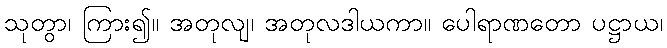
သုတွာ၊ ကြား၍။ အတုလျ၊ အတုလဒါယကာ။ ပေါရာဏတော ပဋ္ဌာယ၊